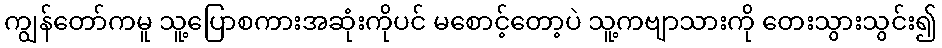
ကျွန်တော်ကမူ သူ့ပြောစကားအဆုံးကိုပင် မစောင့်တော့ပဲ သူ့ကဗျာသားကို တေးသွားသွင်း၍